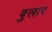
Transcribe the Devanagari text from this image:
बुलार